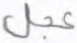
عجل